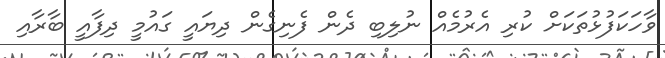
ވާހަކަފުޅުތަކަށް ކުރި އެރުމެއް ނުލިބި ދެން ފެނިގެން ދިޔައީ ގައުމީ ދިފާއީ ބާރާއި